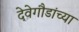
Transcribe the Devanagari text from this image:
देवेगौडांच्या